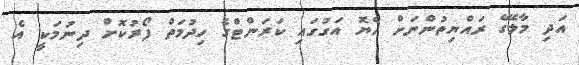
އަދި މާލޭގެ ރައްޔިތުންނަށް ހެޔޮ އަގުގައި ކަރަންޓްގެ ހިދުމަތް ފޯރުކޮށް ދިނުމަކީ އެ